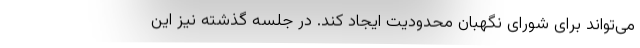
می‌تواند برای شورای نگهبان محدودیت ایجاد کند. در جلسه گذشته نیز این